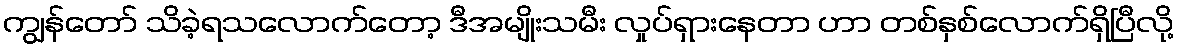
ကျွန်တော် သိခဲ့ရသလောက်တော့ ဒီအမျိုးသမီး လှုပ်ရှားနေတာ ဟာ တစ်နှစ်လောက်ရှိပြီလို့